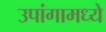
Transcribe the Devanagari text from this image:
उपांगामध्ये